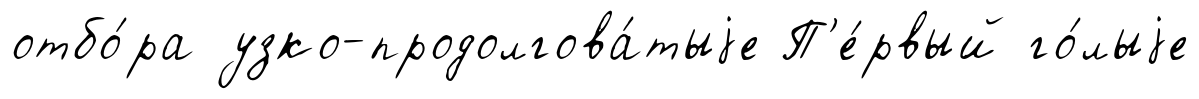
отбо́ра узко-продолгова́тыjе П'е́рвый го́лыjе